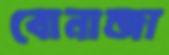
বোনান্জা